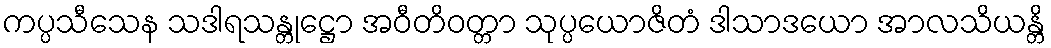
ကပ္ပသီသေန သဒါရသန္တုဋ္ဌော အဝီတိဝတ္တာ သုပ္ပယောဇိတံ ဒါသာဒယော အာလသိယန္တိ